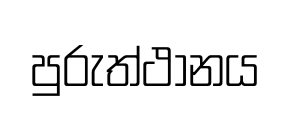
පුරුත්ථානය